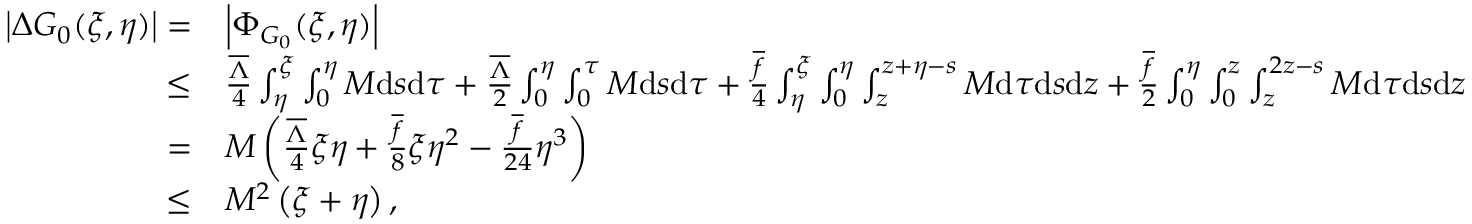
\begin{array} { r l } { \left| \Delta G _ { 0 } ( \xi , \eta ) \right| = } & { \left| \Phi _ { G _ { 0 } } ( \xi , \eta ) \right| } \\ { \leq } & { \frac { { { { \overline { { \Lambda } } } } } } { 4 } \int _ { \eta } ^ { \xi } \int _ { 0 } ^ { \eta } M \mathrm { d } s \mathrm { d } \tau + { \frac { { { { \overline { { \Lambda } } } } } } { 2 } } \int _ { 0 } ^ { \eta } \int _ { 0 } ^ { \tau } M \mathrm { d } s \mathrm { d } \tau + \frac { \overline { { f } } } { 4 } \int _ { \eta } ^ { \xi } \int _ { 0 } ^ { \eta } \int _ { z } ^ { z + \eta - s } M \mathrm { d } \tau \mathrm { d } s \mathrm { d } z + \frac { \overline { { f } } } { 2 } \int _ { 0 } ^ { \eta } \int _ { 0 } ^ { z } \int _ { z } ^ { 2 z - s } M \mathrm { d } \tau \mathrm { d } s \mathrm { d } z } \\ { = } & { { M \left( \frac { { { { \overline { { \Lambda } } } } } } { 4 } \xi \eta + \frac { { \overline { { f } } } } { 8 } \xi \eta ^ { 2 } - \frac { { \overline { { f } } } } { 2 4 } \eta ^ { 3 } \right) } } \\ { \leq } & { { M ^ { 2 } \left( \xi + \eta \right) , } } \end{array}